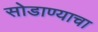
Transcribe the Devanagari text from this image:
सोडाण्याचा